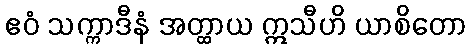
ဧဝံ သက္ကာဒီနံ အတ္ထာယ ဣသီဟိ ယာစိတော